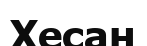
Хесан